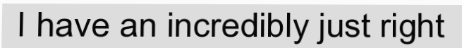
I have an incredibly just right